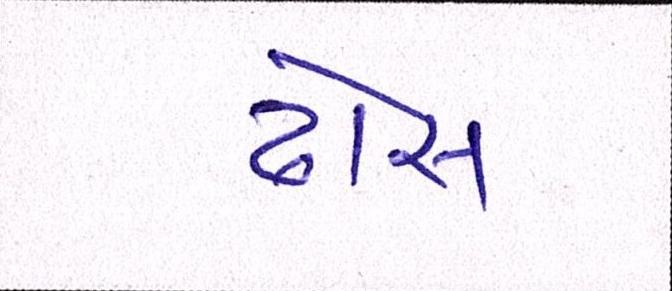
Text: ઢોસ